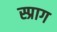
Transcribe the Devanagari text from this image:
स्प्राग